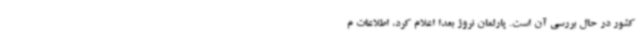
کشور در حال بررسی آن است. پارلمان نروژ بعدا اعلام کرد، ‌اطلاعات م